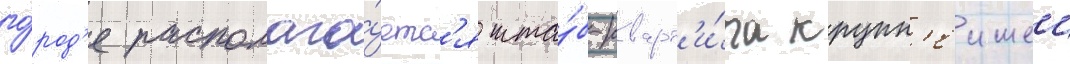
го́род'е располага́етс'я шта́б-кварт'и́ра крупн'еишеи